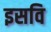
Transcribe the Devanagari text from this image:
इसवि